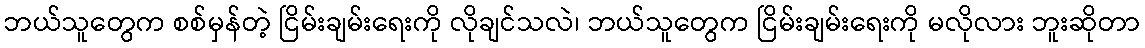
ဘယ်သူတွေက စစ်မှန်တဲ့ ငြိမ်းချမ်းရေးကို လိုချင်သလဲ၊ ဘယ်သူတွေက ငြိမ်းချမ်းရေးကို မလိုလား ဘူးဆိုတာ